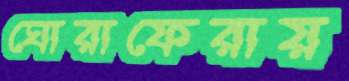
ঘোরাফেরায়